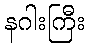
နဂါးကြီး